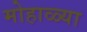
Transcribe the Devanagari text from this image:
मोहाळ्या